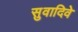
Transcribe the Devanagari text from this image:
सुवादिवे